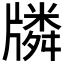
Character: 𤗷